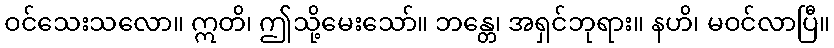
ဝင်သေးသလော။ ဣတိ၊ ဤသို့မေးသော်။ ဘန္တေ၊ အရှင်ဘုရား။ နဟိ၊ မဝင်လာပြီ။